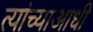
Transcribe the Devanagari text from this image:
त्यांच्याआधी